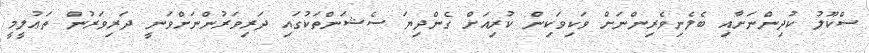
ސްކޫލު ކުދިންނަށާއި ބެލެނިވެރިންނަށް ވަކިވަކިން ކުރިއަށް ގެންދިޔަ ސެޝަންތަކުގައި ދަރިވަރުންނަށްވަނީ ދަރިވަރުން ތަޢުލީމީ